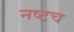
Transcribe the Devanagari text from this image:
नष्टच